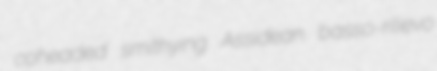
coheaded smithying Assidean basso-rilievo